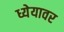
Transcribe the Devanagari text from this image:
ध्येयावर